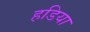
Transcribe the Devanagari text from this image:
हडिया